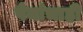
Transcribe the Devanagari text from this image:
पेयांचाही